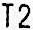
T2